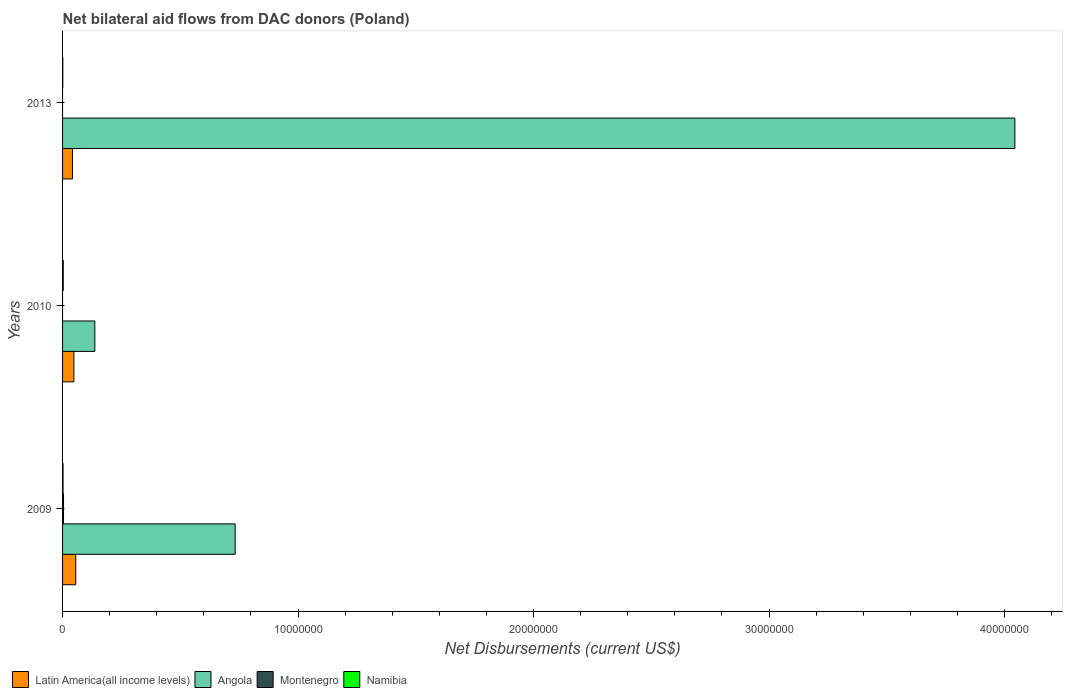
| Years | Latin America(all income levels) | Angola | Montenegro | Namibia |
 | --- | --- | --- | --- | --- |
 | 2009 | 5.6e+05 | 7.33e+06 | 4e+04 | 2e+04 |
 | 2010 | 4.8e+05 | 1.37e+06 | -8.4e+05 | 3e+04 |
 | 2013 | 4.2e+05 | 4.04e+07 | -9e+05 | 1e+04 |